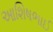
આશિષભાઈ